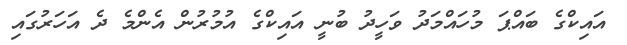
އައިކްގެ ބައްޕަ މުހައްމަދު ވަހީދު ބުނީ އައިކްގެ އުމުރުން އެންމެ ދެ އަހަރުގައި